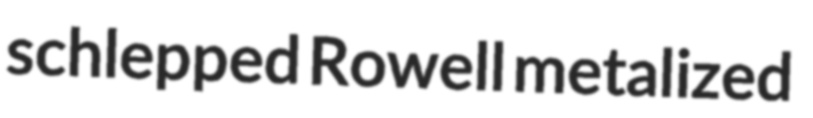
schlepped Rowell metalized